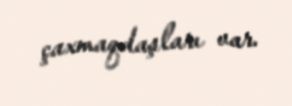
çaxmaqdaşları var.